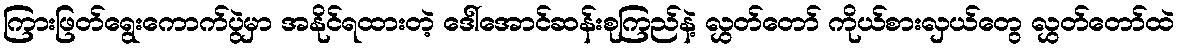
ကြားဖြတ်ရွေးကောက်ပွဲမှာ အနိုင်ရထားတဲ့ ဒေါ်အောင်ဆန်းစုကြည်နဲ့ လွှတ်တော် ကိုယ်စားလှယ်တွေ လွှတ်တော်ထဲ